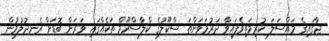
ޖާގައިގެ މައްސަލަ ކުރިމަތިވެފައިވާ ދަރުމަވަންތަ ސްކޫލުގެ ކްލާސްރޫމް ތަކެއްގައި ވަރަށް ބޮޑަށް ރެނދުލުމުން